Report of the Indian Hemp Drugs Commission, 1894-1895 - Volume III
Year: 1894
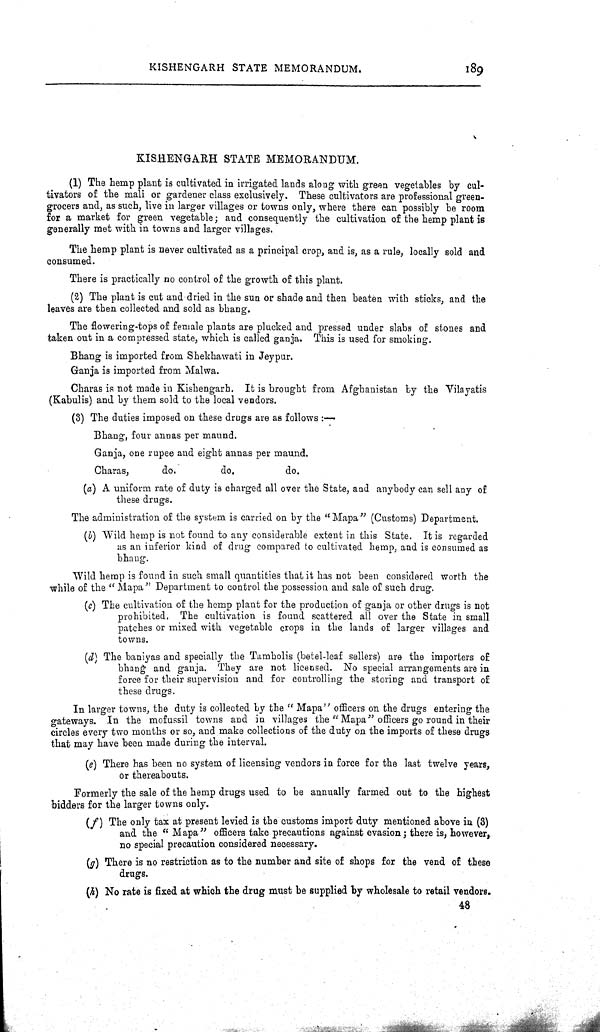
KISHENGARH STATE MEMORANDUM.
189
KISHENGARH STATE MEMORANDUM.
(1) The hemp plant is cultivated in irrigated lands along with green vegetables by cul-
tivators of the mali or gardener class exclusively. These cultivators are professional green-
grocers and, as such, live in larger villages or towns only, where there can possibly be room
for a market for green vegetable; and consequently the cultivation of the hemp plant is
generally met with in towns and larger villages.
The hemp plant is never cultivated as a principal crop, and is, as a rule, locally sold and
consumed.
There is practically no control of the growth of this plant.
(2) The plant is cut and dried in the sun or shade and then beaten with sticks, and the
leaves are then collected and sold as bhang.
The flowering-tops of female plants are plucked and pressed under slabs of stones and
taken out in a compressed state, which is called ganja. This is used for smoking.
Bhang is imported from Shekhawati in Jeypur.
Ganja is imported from Malwa.
Charas is not made in Kishengarh. It is brought from Afghanistan by the Vilayatis
(Kabulis) and by them sold to the local vendors.
(3) The duties imposed on these drugs are as follows:-
Bhang, four annas per maund.
Ganja, one rupee and eight annas per maund.
Charas,
do.
do.
do.
(a) A uniform rate of duty is charged all over the State, and anybody can sell any of
these drugs.
The administration of the system is carried on by the "Mapa" (Customs) Department.
(b) Wild hemp is not found to any considerable extent in this State. It is regarded
as an inferior kind of drug compared to cultivated hemp, and is consumed as
bhang.
Wild hemp is found in such small quantities that it has not been considered worth the
while of the "Mapa" Department to control the possession and sale of such drug.
(c) The cultivation of the hemp plant for the production of ganja or other drugs is not
prohibited. The cultivation is found scattered all over the State in small
patches or mixed with vegetable crops in the lands of larger villages and
towns.
(d) The baniyas and specially the Tambolis (betel-leaf sellers) are the importers of
bhang and ganja. They are not licensed. No special arrangements are in
force for their supervision and for controlling the storing and transport of
these drugs.
In larger towns, the duty is collected by the "Mapa" officers on the drugs entering the
gateways. In the mofussil towns and in villages the "Mapa" officers go round in their
circles every two months or so, and make collections of the duty on the imports of these drugs
that may have been made during the interval.
(e) There has been no system of licensing vendors in force for the last twelve years,
or thereabouts.
Formerly the sale of the hemp drugs used to be annually farmed out to the highest
bidders for the larger towns only.
(f) The only tax at present levied is the customs import duty mentioned above in (3)
and the "Mapa" officers take precautions against evasion; there is, however,
no special precaution considered necessary.
(g) There is no restriction as to the number and site of shops for the vend of these
drugs.
(h) No rate is fixed at which the drug must be supplied by wholesale to retail vendors.
48